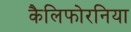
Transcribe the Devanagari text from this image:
कैलिफोरनिया